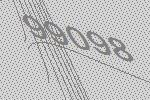
99098